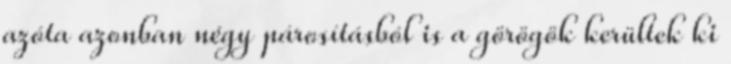
azóta azonban négy párosításból is a görögök kerültek ki